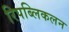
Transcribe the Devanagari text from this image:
रिपब्लिकलन